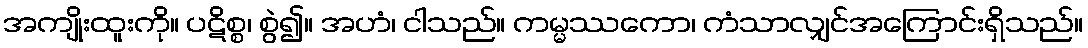
အကျိုးထူးကို။ ပဋိစ္စ၊ စွဲ၍။ အဟံ၊ ငါသည်။ ကမ္မဿကော၊ ကံသာလျှင်အကြောင်းရှိသည်။